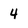
Character: 4